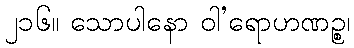
၂၁၆။ သောပါနော ဝါ’ရောဟဏဉ္စ၊